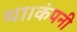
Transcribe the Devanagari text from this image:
था।कंपनी